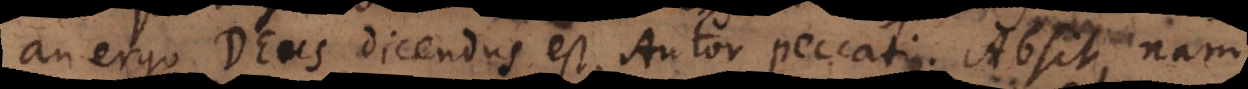
an ergo Deus dicendus est, Autor peccati. Absit